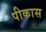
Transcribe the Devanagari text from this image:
पीकास